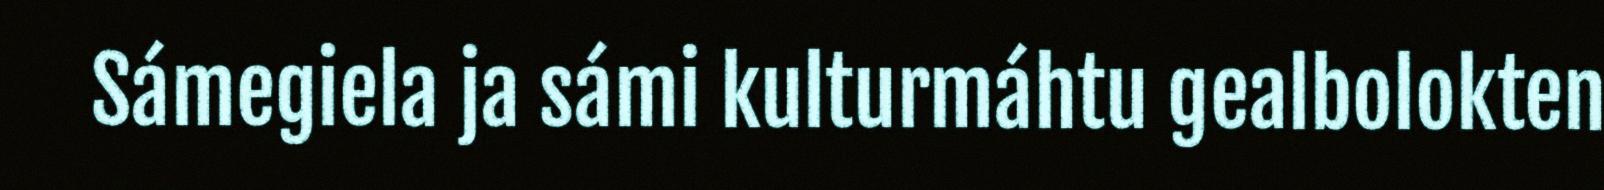
Sámegiela ja sámi kulturmáhtu gealbolokten